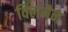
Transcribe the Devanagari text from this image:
विलमैन